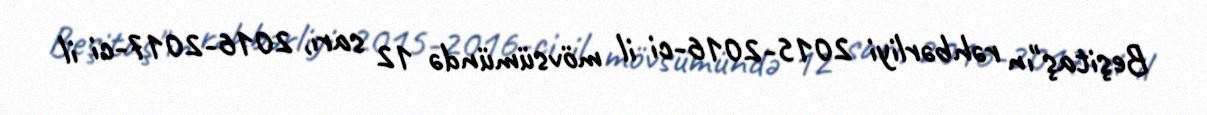
Beşitaş"ın rəhbərliyi 2015-2016-ci il mövsümündə 12 sarı, 2016-2017-ci il